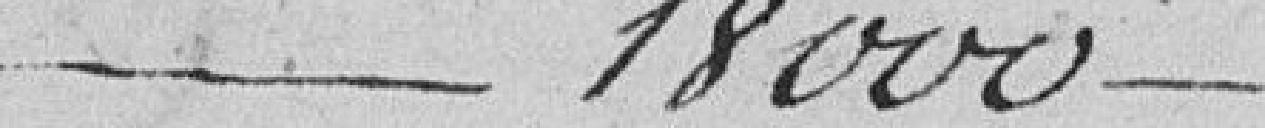
18000